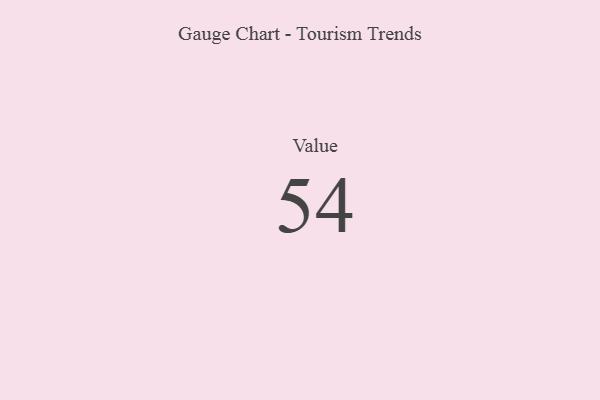
{"axis": {"x": "Metric", "y": "Value"}, "legend": [""], "data": [{"x": "Value", "y": 54, "type": ""}]}